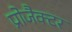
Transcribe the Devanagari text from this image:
प्रोजैक्टर